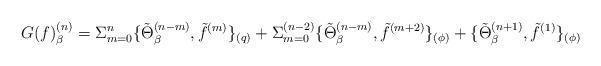
LaTeX: \begin{align*}G(f)^{(n)}_{\beta }=\Sigma _{m=0}^n\{\tilde\Theta ^{ (n-m)} _\beta ,\tilde f^{(m)}\}_{(q)}+\Sigma _{m=0}^{(n-2)}\{\tilde\Theta ^{ (n-m)} _\beta ,\tilde f^{(m+2)}\}_{(\phi )}+\{\tilde\Theta ^{ (n+1)} _\beta ,\tilde f^{(1)}\}_{(\phi )}\end{align*}